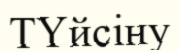
ТҮйсіну